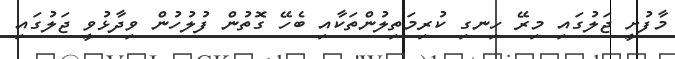
މާފުށީ ޖަލުގައި މިރޭ ހިނގި ކުރިމަތިލުންތަކާއި ބެހޭ ގޮތުން ފުލުހުން ވިދާޅުވީ ޖަލުގައި